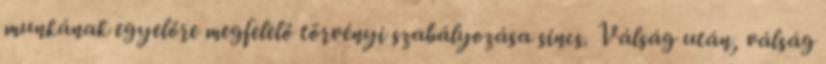
munkának egyelőre megfelelő törvényi szabályozása sincs. Válság után, válság